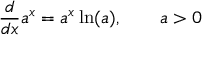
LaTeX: { \frac { d } { d x } } a ^ { x } = a ^ { x } \ln ( a ) , \qquad a > 0